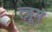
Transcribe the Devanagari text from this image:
त्ज़ूग